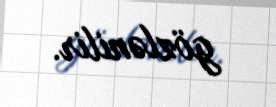
gözlənilir.